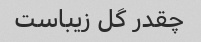
چقدر گل زیباست